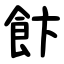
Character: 飰